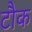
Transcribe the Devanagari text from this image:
टौक